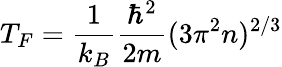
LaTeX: {T_{F}=\frac{1}{k_{B}}\frac{\hbar^{2}}{2m}(3\pi^{2}n)^{2/3}}